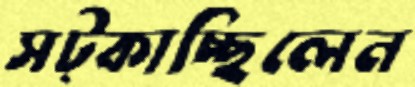
সট্‌কাচ্ছিলেন